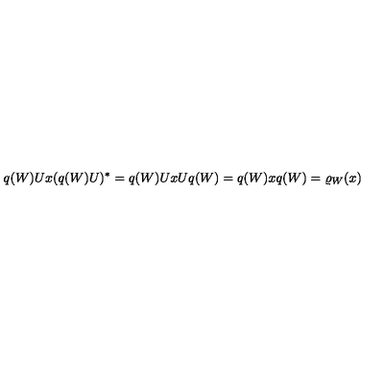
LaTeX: q ( W ) U x ( q ( W ) U ) ^ { * } = q ( W ) U x U q ( W ) = q ( W ) x q ( W ) = \varrho _ { W } ( x )